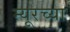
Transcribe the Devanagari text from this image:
म्यूरच्या